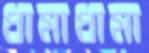
ধামাধামা